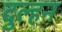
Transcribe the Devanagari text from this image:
दुल्‍हन